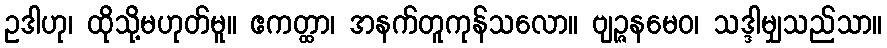
ဥဒါဟု၊ ထိုသို့မဟုတ်မူ။ ဧကတ္ထာ၊ အနက်တူကုန်သလော။ ဗျဉ္ဇနမေဝ၊ သဒ္ဒါမျှသည်သာ။